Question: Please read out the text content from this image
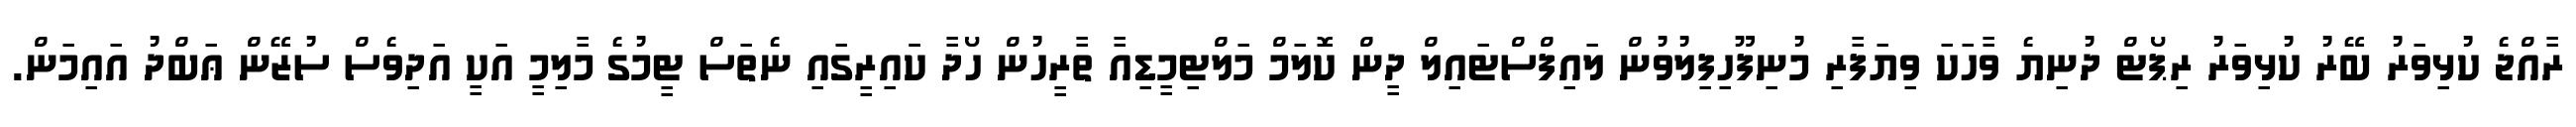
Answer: ރާއްޖެ ކުޅިވަރު ބޭރު ކުޅިވަރު ރިޕޯޓް ދުނިޔެ ވާހަކަ ވިޔަފާރި މުނިފޫހިފިލުވުން ލައިފްސްޓައިލް ދީން ކޮލަމް މަލްޓިމީޑިއާ ތާރީހުން ހޯދާ ކަައިރީގައި ނެތަސް ޓީމުގެ މާލިމީ އަކީ އަދިވެސް ސުޒޭން ޢަބްދު އައިމަން.